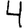
Digit: 4